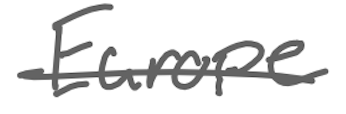
Text: Europe
Cross-out: single-line
Writing tool: digital_gray